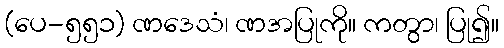
(ပေ-၅၅၁) ဏဒေသံ၊ ဏအပြုကို။ ကတွာ၊ ပြု၍။